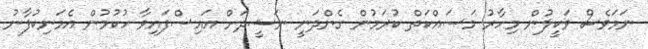
ނަމަވެސް ވަކީލުން މިހާރު މަސައްކަތް ކުރަމުން ގެންދަނީ ނަޝީދަށް އައިސްފައިވާ ހުކުމުން އެމަނިކުފާނު